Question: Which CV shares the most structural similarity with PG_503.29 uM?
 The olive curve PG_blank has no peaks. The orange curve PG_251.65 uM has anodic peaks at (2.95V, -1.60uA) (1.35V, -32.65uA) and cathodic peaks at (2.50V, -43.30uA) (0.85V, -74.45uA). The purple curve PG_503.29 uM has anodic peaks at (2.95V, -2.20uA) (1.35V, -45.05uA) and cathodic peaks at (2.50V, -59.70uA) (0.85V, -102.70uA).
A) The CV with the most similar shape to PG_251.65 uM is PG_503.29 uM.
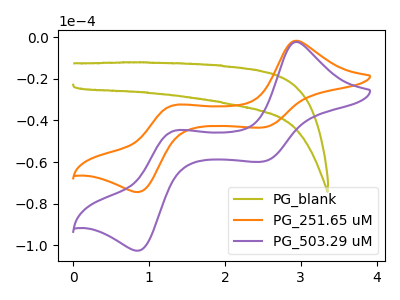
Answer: <think>"PG_blank" and "PG_251.65 uM" have a different number of peaks. "PG_blank" and "PG_503.29 uM" have a different number of peaks. All the peaks in "PG_251.65 uM" have a peak in "PG_503.29 uM" at the same potential.
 </think>
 <answer>A) The CV with the most similar shape to "PG_251.65 uM" is "PG_503.29 uM".</answer>
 <eval>A</eval>